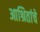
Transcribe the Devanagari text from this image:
आश्रितांचे